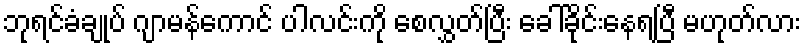
ဘုရင်ခံချုပ် ဂျာမန်ကောင် ပါလင်းကို စေလွှတ်ပြီး ခေါ်ခိုင်းနေရပြီ မဟုတ်လား